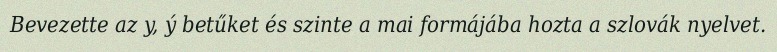
Bevezette az y, ý betűket és szinte a mai formájába hozta a szlovák nyelvet.